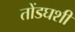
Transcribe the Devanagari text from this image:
तोंडघशी